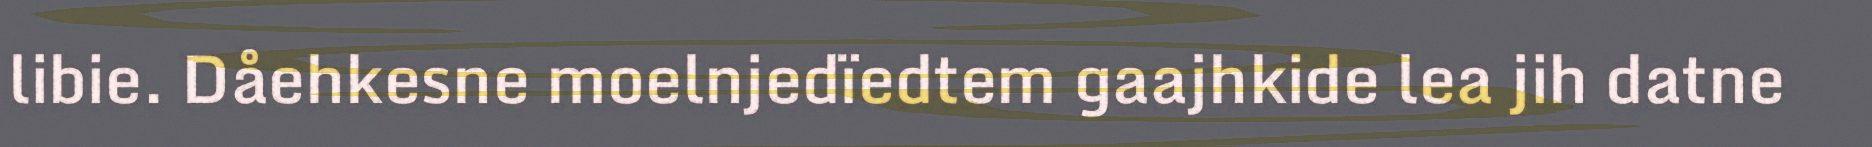
libie. Dåehkesne moelnjedïedtem gaajhkide lea jih datne